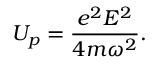
U _ { p } = \frac { e ^ { 2 } E ^ { 2 } } { 4 m \omega ^ { 2 } } .